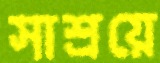
সাশ্রয়ে